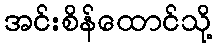
အင်းစိန်ထောင်သို့